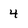
Character: 4